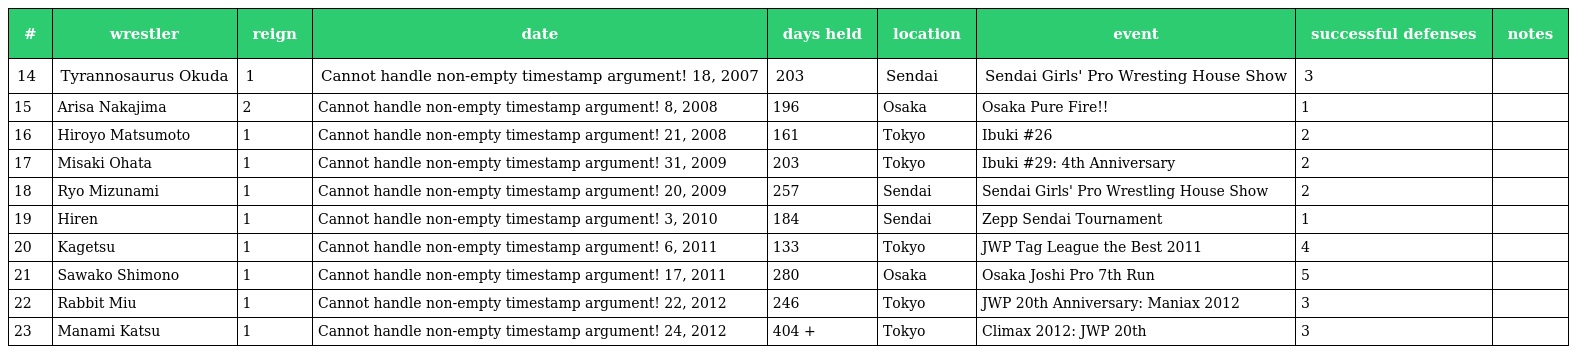
| # | wrestler | reign | date | days held | location | event | successful defenses | notes |
 | --- | --- | --- | --- | --- | --- | --- | --- | --- |
 | 14 | Tyrannosaurus Okuda | 1 | Cannot handle non-empty timestamp argument! 18, 2007 | 203 | Sendai | Sendai Girls' Pro Wresting House Show | 3 |  |
 | 15 | Arisa Nakajima | 2 | Cannot handle non-empty timestamp argument! 8, 2008 | 196 | Osaka | Osaka Pure Fire!! | 1 |  |
 | 16 | Hiroyo Matsumoto | 1 | Cannot handle non-empty timestamp argument! 21, 2008 | 161 | Tokyo | Ibuki #26 | 2 |  |
 | 17 | Misaki Ohata | 1 | Cannot handle non-empty timestamp argument! 31, 2009 | 203 | Tokyo | Ibuki #29: 4th Anniversary | 2 |  |
 | 18 | Ryo Mizunami | 1 | Cannot handle non-empty timestamp argument! 20, 2009 | 257 | Sendai | Sendai Girls' Pro Wrestling House Show | 2 |  |
 | 19 | Hiren | 1 | Cannot handle non-empty timestamp argument! 3, 2010 | 184 | Sendai | Zepp Sendai Tournament | 1 |  |
 | 20 | Kagetsu | 1 | Cannot handle non-empty timestamp argument! 6, 2011 | 133 | Tokyo | JWP Tag League the Best 2011 | 4 |  |
 | 21 | Sawako Shimono | 1 | Cannot handle non-empty timestamp argument! 17, 2011 | 280 | Osaka | Osaka Joshi Pro 7th Run | 5 |  |
 | 22 | Rabbit Miu | 1 | Cannot handle non-empty timestamp argument! 22, 2012 | 246 | Tokyo | JWP 20th Anniversary: Maniax 2012 | 3 |  |
 | 23 | Manami Katsu | 1 | Cannot handle non-empty timestamp argument! 24, 2012 | 404 + | Tokyo | Climax 2012: JWP 20th | 3 |  |